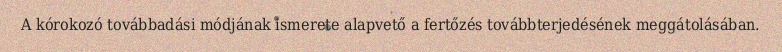
A kórokozó továbbadási módjának ismerete alapvető a fertőzés továbbterjedésének meggátolásában.